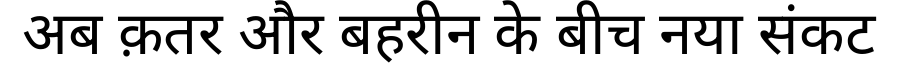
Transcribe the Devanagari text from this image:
अब क़तर और बहरीन के बीच नया संकट